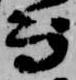
而